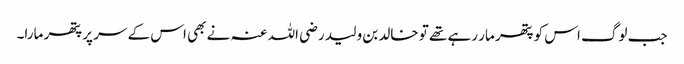
جب لوگ اس کو پتھر مار رہے تھے تو خالد بن ولید رضی اللہ عنہ نے بھی اس کے سر پر پتھر مارا۔